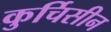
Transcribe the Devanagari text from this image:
कुर्चिसीन